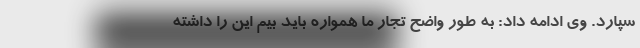
سپارد. وی ادامه داد: به طور واضح تجار ما همواره باید بیم این را داشته